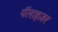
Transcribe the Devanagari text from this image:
पॅलाइज़र